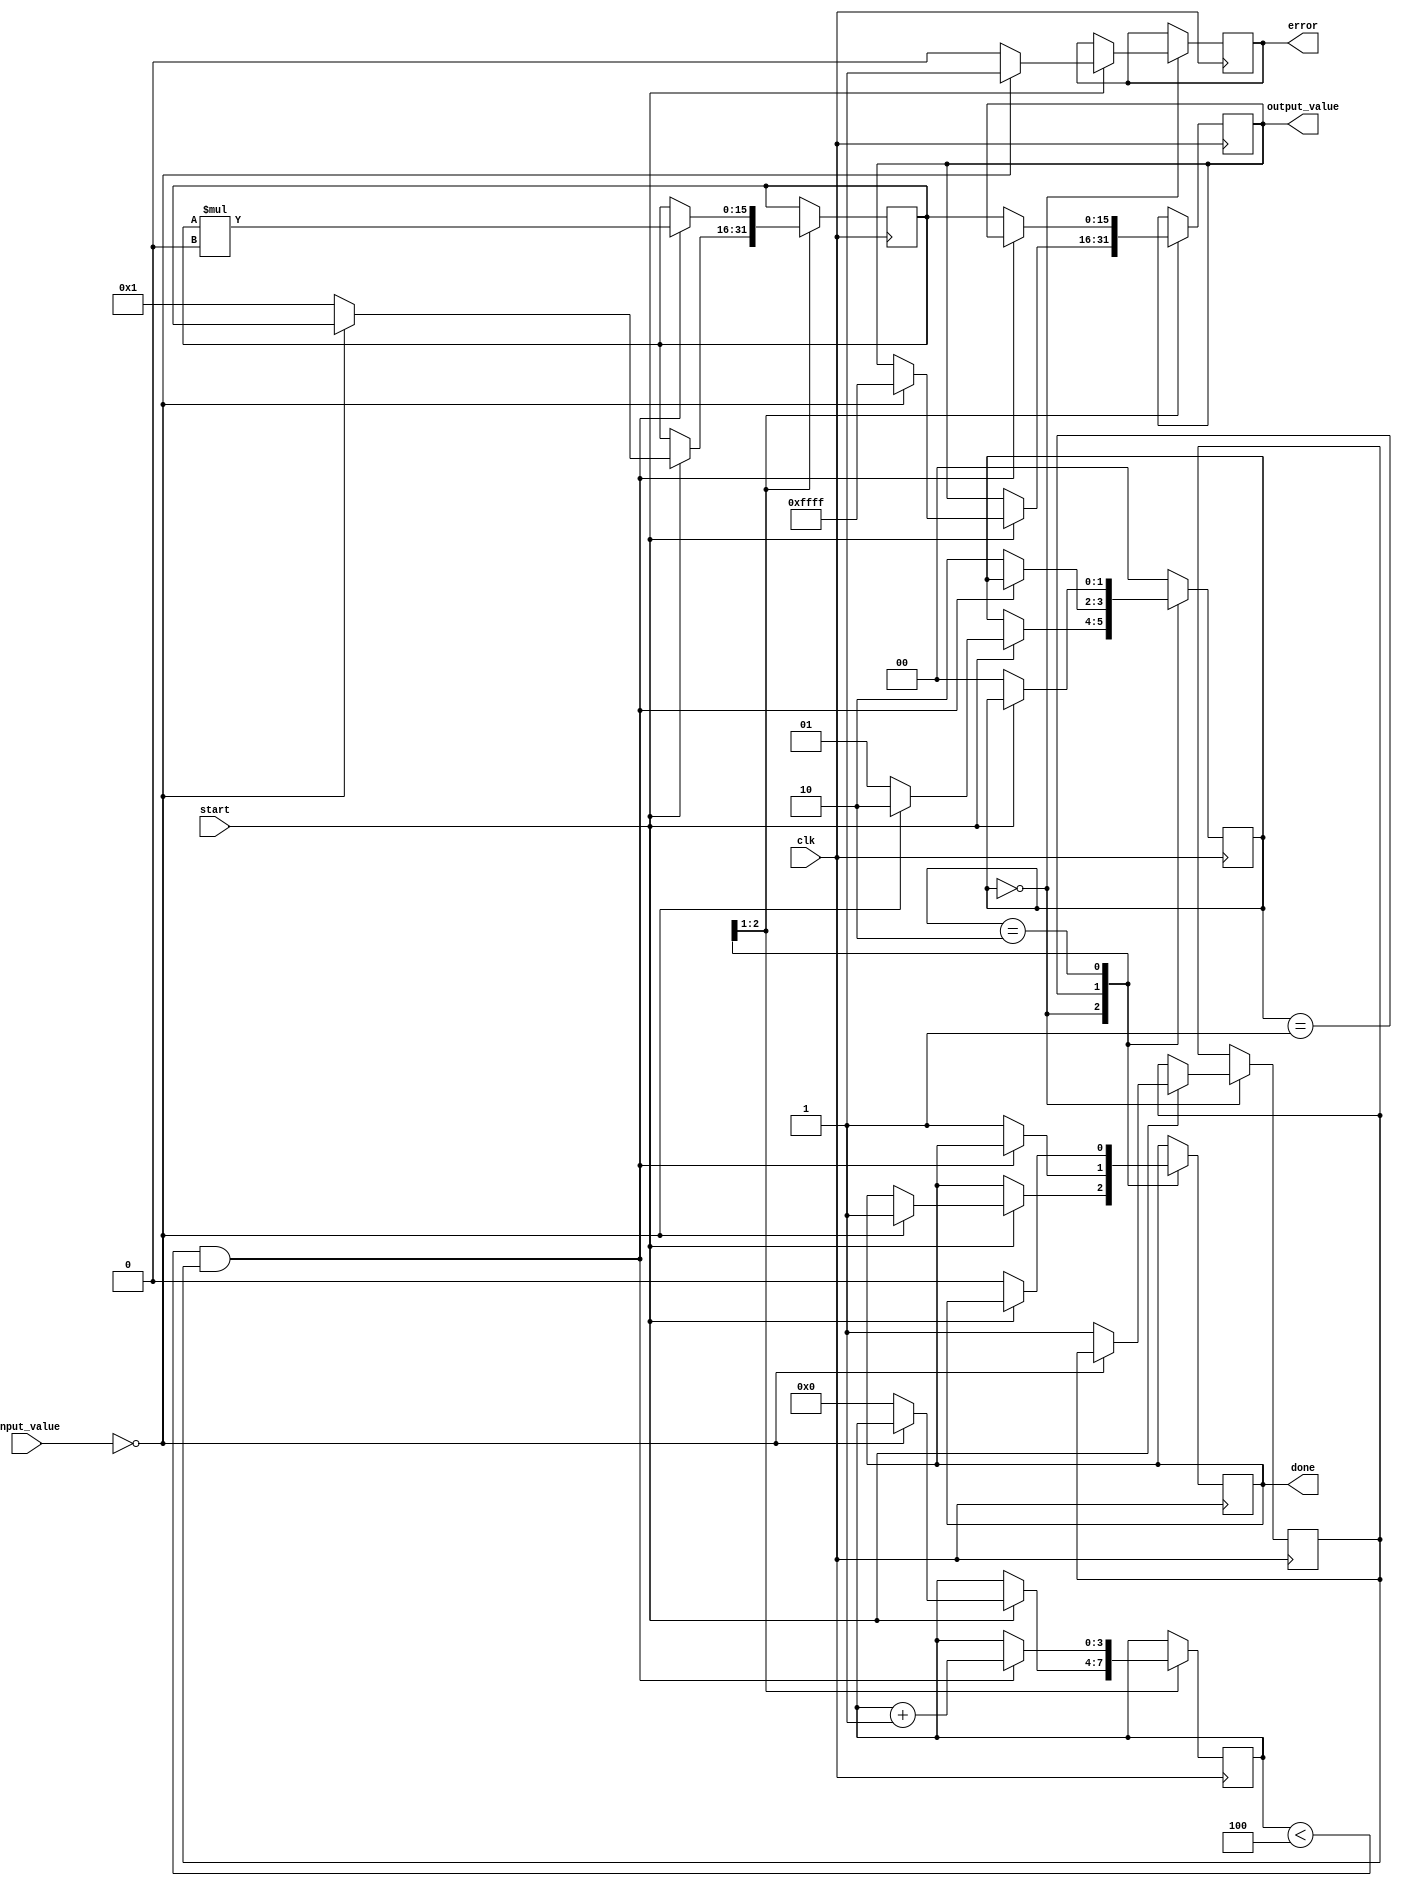
module reciprocal_unit (
    input  wire [15:0] input_value, // 16-bit fixed-point input value
    input  wire        clk,          // Clock signal
    input  wire        start,        // Start signal
    output reg  [15:0] output_value, // 16-bit fixed-point reciprocal output
    output reg         done,         // Done signal
    output reg         error         // Error signal for zero input
);

    reg [15:0] approx;             // Approximation of the reciprocal
    reg [3:0]  count;              // Iteration counter
    reg        valid_input;         // Flag for valid input

    // Constants for Newton-Raphson Method
    parameter MAX_ITERATIONS = 4;
    parameter INFINITY = 16'hFFFF; // Representing infinity for zero input case

    // State machine
    reg [1:0] state;
    localparam IDLE = 2'b00;
    localparam RUN  = 2'b01;
    localparam DONE = 2'b10;

    // FSM to control the state of the reciprocal unit
    always @(posedge clk) begin
        case (state)
            IDLE: begin
                if (start) begin
                    if (input_value == 16'h0000) begin
                        // Handle zero input
                        output_value <= INFINITY;
                        error <= 1'b1; // Set error signal
                        done <= 1'b1;
                        state <= DONE;
                    end else begin
                        // Valid input, initialize approximation
                        approx <= 16'h0001; // Initial guess (1)
                        count <= 0;
                        valid_input <= 1'b1;
                        error <= 1'b0; // Clear error signal
                        state <= RUN;
                    end
                end
            end
            
            RUN: begin
                if (count < MAX_ITERATIONS && valid_input) begin
                    // Newton-Raphson iteration: approx = approx * (2 - (input_value * approx))
                    approx <= approx * (16'h0002 - (input_value * approx) >> 16); // Shift for fixed-point adjustment
                    count <= count + 1;
                end else begin
                    // Finished iterations
                    output_value <= approx;
                    done <= 1'b1;
                    state <= DONE;
                end
            end
            
            DONE: begin
                if (!start) begin
                    // Reset state
                    done <= 1'b0;
                    state <= IDLE;
                end
            end
            
            default: state <= IDLE;
        endcase
    end

endmodule